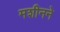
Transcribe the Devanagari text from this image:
मशीनने